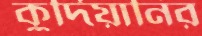
কুর্দিয়ানির